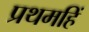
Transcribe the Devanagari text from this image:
प्रथमहिं